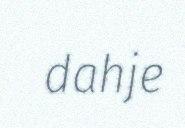
dahje